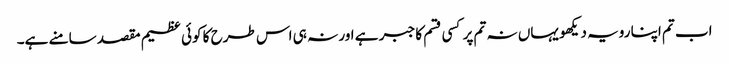
اب تم اپنا رویہ دیکھو یہاں نہ تم پر کسی قسم کا جبر ہے اور نہ ہی اس طرح کا کوئی عظیم مقصد سامنے ہے۔